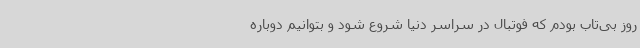
روز بی‌تاب بودم که فوتبال در سراسر دنیا شروع شود و بتوانیم دوباره